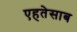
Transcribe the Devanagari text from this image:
एहतेसाब